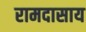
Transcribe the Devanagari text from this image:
रामदासाय